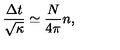
\frac { \Delta t } { \sqrt \kappa } \simeq \frac { N } { 4 \pi } n ,